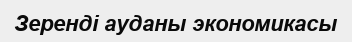
Зеренді ауданы экономикасы